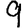
Digit: 9